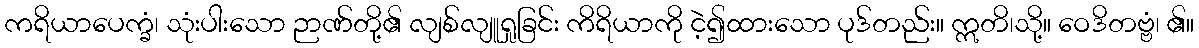
ကရိယာပေက္ခံ၊ သုံးပါးသော ဉာဏ်တို့၏ လျစ်လျူရှုခြင်း ကိရိယာကို ငဲ့၍ထားသော ပုဒ်တည်း။ ဣတိ၊သို့။ ဝေဒိတဗ္ဗံ၊ ၏။